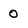
Character: O